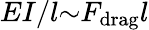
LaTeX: EI/l{\sim}F_{\mathrm{drag}}l